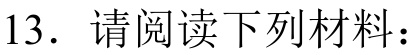
13. 请阅读下列材料：